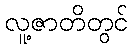
လူ့ဇာတိတွင်